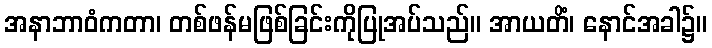
အနာဘာဝံကတာ၊ တစ်ဖန်မဖြစ်ခြင်းကိုပြုအပ်သည်။ အာယတိံ၊ နောင်အခါ၌။